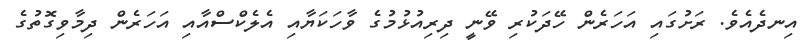
އިނދެއެވެ. ރަށުގައި އަހަރެން ހޭދަކުރި ވޭނީ ދިރިއުޅުމުގެ ވާހަކަޔާއި އެލެކްސްއާއި އަހަރެން ދިމާވިގޮތުގެ